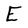
Character: E